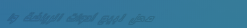
محل لبيع أدوات الرياضة وا